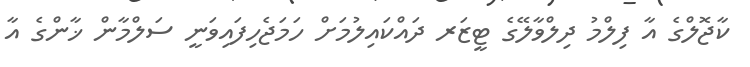
ކާޖޮލްގެ އާ ފިލްމު ދިލްވާލޭގެ ޓީޒަރ ދައްކައިލުމަށް ހަމަޖެހިފައިވަނީ ސަލްމާން ޚާންގެ އާ